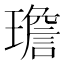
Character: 𪼤